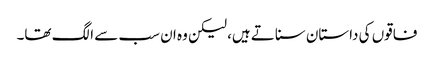
فاقوں کی داستان سناتے ہیں، لیکن وہ ان سب سے الگ تھا۔